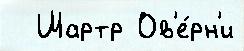
  Шартр Ов'е́рн'и